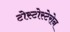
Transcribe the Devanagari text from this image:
टोस्टोस्टेरोन